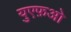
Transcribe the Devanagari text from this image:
युएफ़ओ